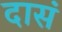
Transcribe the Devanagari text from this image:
दासं